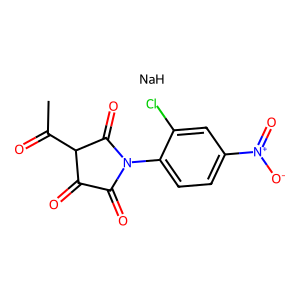
SMILES: CC(=O)C1C(=O)C(=O)N(c2ccc([N+](=O)[O-])cc2Cl)C1=O.[NaH]
Inhibits HIV replication: No